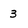
Character: 3